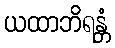
ယထာဘိရန္တံ